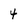
Character: 4